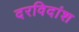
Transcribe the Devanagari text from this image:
दरविदांश